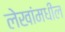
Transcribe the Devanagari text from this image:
लेखांमधील